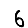
Digit: 6